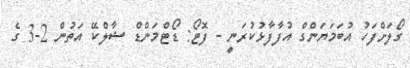
ގޯލަށްފަހު އުބަމަޔަންގް އުފާފާޅުކުރަނީ - ފޮޓޯ: ޑޯޓްމަންޑް ޝާލްކޭ އަތުން 2-3 ގެ